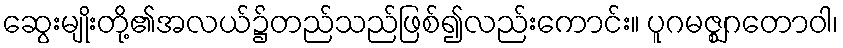
ဆွေးမျိုးတို့၏အလယ်၌တည်သည်ဖြစ်၍လည်းကောင်း။ ပူဂမဇ္ဈဂတောဝါ၊